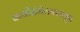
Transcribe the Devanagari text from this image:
कवीसंमेलनामधून